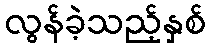
လွန်ခဲ့သည့်နှစ်